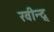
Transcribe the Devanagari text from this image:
रवीन्द्र्